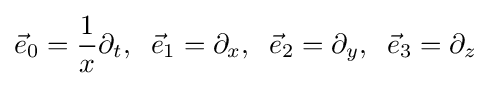
{\vec {e}}_{0}={\frac {1}{x}}\partial _{t},\;\;{\vec {e}}_{1}=\partial _{x},\;\;{\vec {e}}_{2}=\partial _{y},\;\;{\vec {e}}_{3}=\partial _{z}